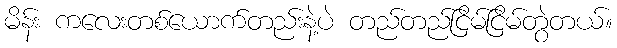
မိန်း ကလေးတစ်ယောက်တည်းနဲ့ပဲ တည်တည်ငြိမ်ငြိမ်တွဲတယ်။